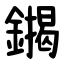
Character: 䥟